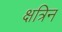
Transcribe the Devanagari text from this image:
क्षत्रिन